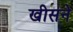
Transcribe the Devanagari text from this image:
खीसने